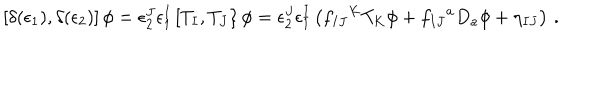
\left[ \delta ( \epsilon _ { 1 } ) , \delta ( \epsilon _ { 2 } ) \right] \phi = \epsilon _ { 2 } ^ { J } \epsilon _ { 1 } ^ { I } \left[ T _ { I } , T _ { J } \right\} \phi = \epsilon _ { 2 } ^ { J } \epsilon _ { 1 } ^ { I } \left( f _ { I J } { } ^ { K } T _ { K } \phi + f _ { I J } { } ^ { a } D _ { a } \phi + \eta _ { I J } \right) \, .